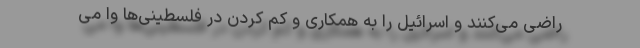
راضی می‌کنند و اسرائیل را به همکاری و کم کردن در فلسطینی‌ها وا می